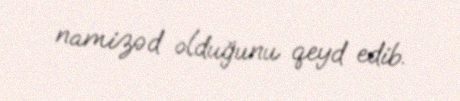
namizəd olduğunu qeyd edib.